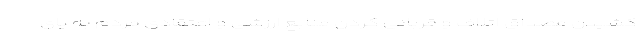
کشیدن مصداق اتلاف و قربانی کردن منابع ارزشی و اعتقادی مردم به پای